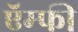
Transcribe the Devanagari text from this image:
ऍम्‍फी